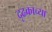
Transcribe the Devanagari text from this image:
दृढकाच्या